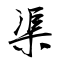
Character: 渠